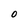
Character: 0